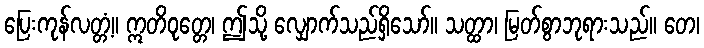
ပြေးကုန်လတ္တံ့။ ဣတိဝုတ္တေ၊ ဤသို့ လျှောက်သည်ရှိသော်။ သတ္ထာ၊ မြတ်စွာဘုရားသည်။ တေ၊